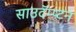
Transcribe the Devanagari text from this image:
साउदॅम्प्टन